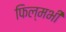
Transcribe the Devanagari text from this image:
फिल्मभी